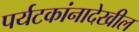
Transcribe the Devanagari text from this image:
पर्यटकांनादेखील